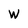
Character: W